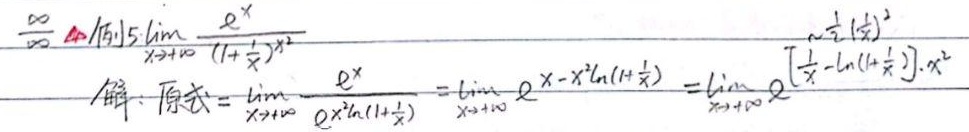
$\frac{\infty}{\infty}$ 例5 $\lim_{x \to +\infty} \frac{e^{x}}{(1 + \frac{1}{x})^{x^{2}}}$

解: 原式 $=\lim_{x \to +\infty} \frac{e^{x}}{e^{x^{2}\ln(1 + \frac{1}{x})}}=\lim_{x \to +\infty} e^{x - x^{2}\ln(1 + \frac{1}{x})}=\lim_{x \to +\infty} e^{[\frac{1}{\frac{1}{x}}-\ln(1 + \frac{1}{x})]\cdot x^{2}}$